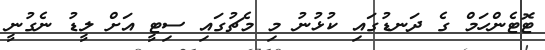
ޓޮޓެންހަމް ގެ ދަނޑުގައި ކުޅުނު މި މެޗުގައި ސިޓީ އަށް ލީޑު ނެގުނީ